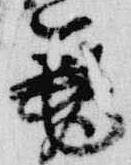
筆